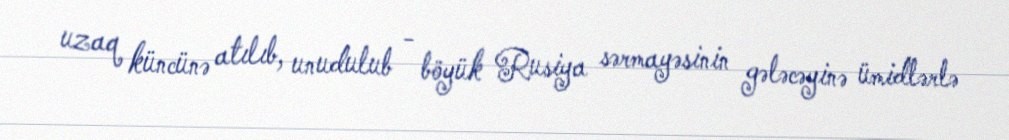
uzaq küncünə atılıb, unudulub - böyük Rusiya sərmayəsinin gələcəyinə ümidlərlə